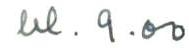
kl. 9.00